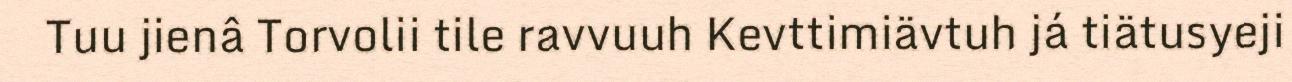
Tuu jienâ Torvolii tile ravvuuh Kevttimiävtuh já tiätusyeji